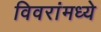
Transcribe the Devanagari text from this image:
विवरांमध्ये